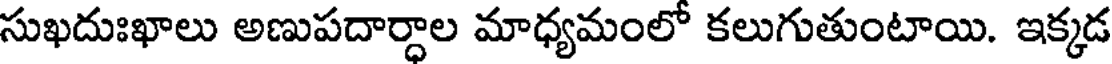
సుఖదుఃఖాలు అణుపదార్ధాల మాధ్యమంలో కలుగుతుంటాయి. ఇక్కడ